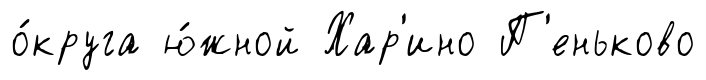
о́круга ю́жной Хар'ино П'еньково